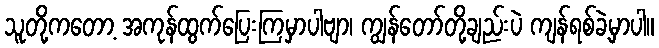
သူတို့ကတော့ အကုန်ထွက်ပြေးကြမှာပါဗျာ၊ ကျွန်တော်တို့ချည်းပဲ ကျန်ရစ်ခဲ့မှာပါ။